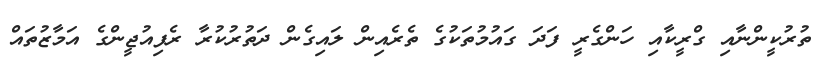
ތުރުކީންނާއި ގްރީކާއި ހަންގެރީ ފަދަ ގައުމުތަކުގެ ތެރެއިން ލައިގެން ދަތުރުކުރާ ރެފިއުޖީންގެ އަމާޒުތައް